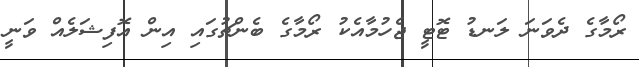
ރޯމާގެ ދެވަނަ ލަނޑު ޓޮޓީ ޖެހުމާއެކު ރޯމާގެ ބެންޗުގައި އިން އޮފިޝަލެއް ވަނީ